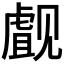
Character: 𰴜